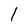
Character: l